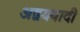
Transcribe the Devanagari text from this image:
अद्वयवादी